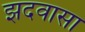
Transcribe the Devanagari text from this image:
झदवासा